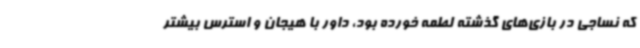
که نساجی در بازی‌های گذشته لطمه خورده بود، داور با هیجان و استرس بیشتر